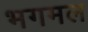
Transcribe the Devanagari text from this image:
भगमल